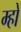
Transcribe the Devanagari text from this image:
म्हो